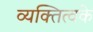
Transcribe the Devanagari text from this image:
व्यक्तित्वके